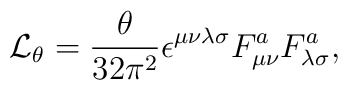
{\cal L}_{\theta}=\frac{\theta}{32{\pi}^2}\epsilon^{\mu\nu\lambda\sigma}F^a_{\mu\nu}F^a_{\lambda\sigma},